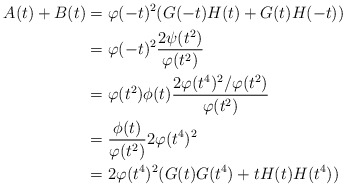
\begin{align*} A(t)+B(t) &= \varphi(-t)^2(G(-t)H(t)+G(t)H(-t))\\ &= \varphi(-t)^2\frac{2\psi(t^2)}{\varphi(t^2)}\\ &= \varphi(t^2)\phi(t)\frac{2\varphi(t^4)^2/\varphi(t^2)}{\varphi(t^2)}\\ &= \frac{\phi(t)}{\varphi(t^2)}2\varphi(t^4)^2\\ &= 2\varphi(t^4)^2(G(t)G(t^4)+tH(t)H(t^4))\end{align*}